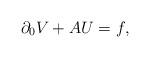
LaTeX: \begin{align*}\partial_{0}V+AU=f,\end{align*}